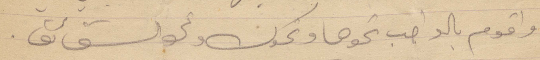
واقوم بالواجب نحوها ونحوك ونحو الشقائق.